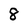
Character: 8